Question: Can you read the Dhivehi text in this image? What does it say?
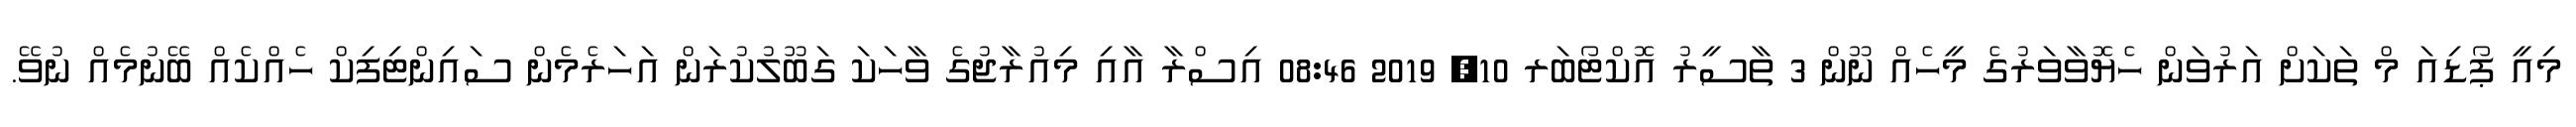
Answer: މިއީ ޕޯޑިއަ މް ތަކަށް އަރުވަން ހެޔޮވާވަރުގެ މީހެއް ނޫން 3 ތާސީރު އޮކްޓޯބަރ 10, 2019 08:46 އިސްރާ އާއި މިއުރާޖުގެ ވާހަކަ ގަބޫލުކުރަން އަހަރެމެން ސައިންޓިފިކް ހެއްކެއް ބޭނުމެއް ނުވޭ.